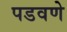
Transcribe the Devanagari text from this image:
पडवणे